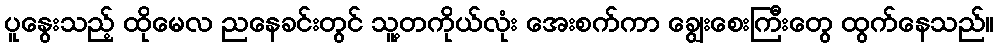
ပူနွေးသည့် ထိုမေလ ညနေခင်းတွင် သူ့တကိုယ်လုံး အေးစက်ကာ ချွေးစေးကြီးတွေ ထွက်နေသည်။